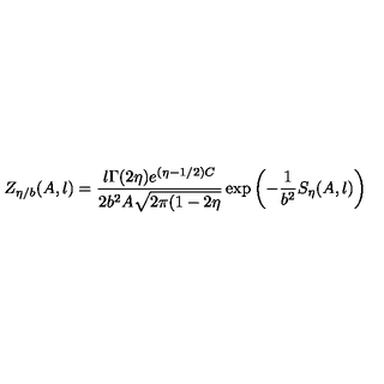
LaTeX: Z _ { \eta / b } ( A , l ) = \frac { l \Gamma ( 2 \eta ) e ^ { ( \eta - 1 / 2 ) C } } { 2 b ^ { 2 } A \sqrt { 2 \pi ( 1 - 2 \eta } } \exp \left( - \frac 1 { b ^ { 2 } } S _ { \eta } ( A , l ) \right)